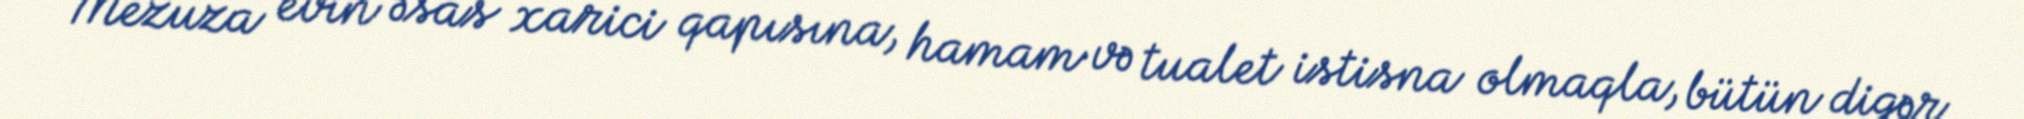
Mezuza evin əsas xarici qapısına, hamam və tualet istisna olmaqla, bütün digər